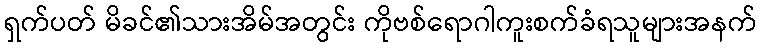
ရှက်ပတ် မိခင်၏သားအိမ်အတွင်း ကိုဗစ်ရောဂါကူးစက်ခံရသူများအနက်